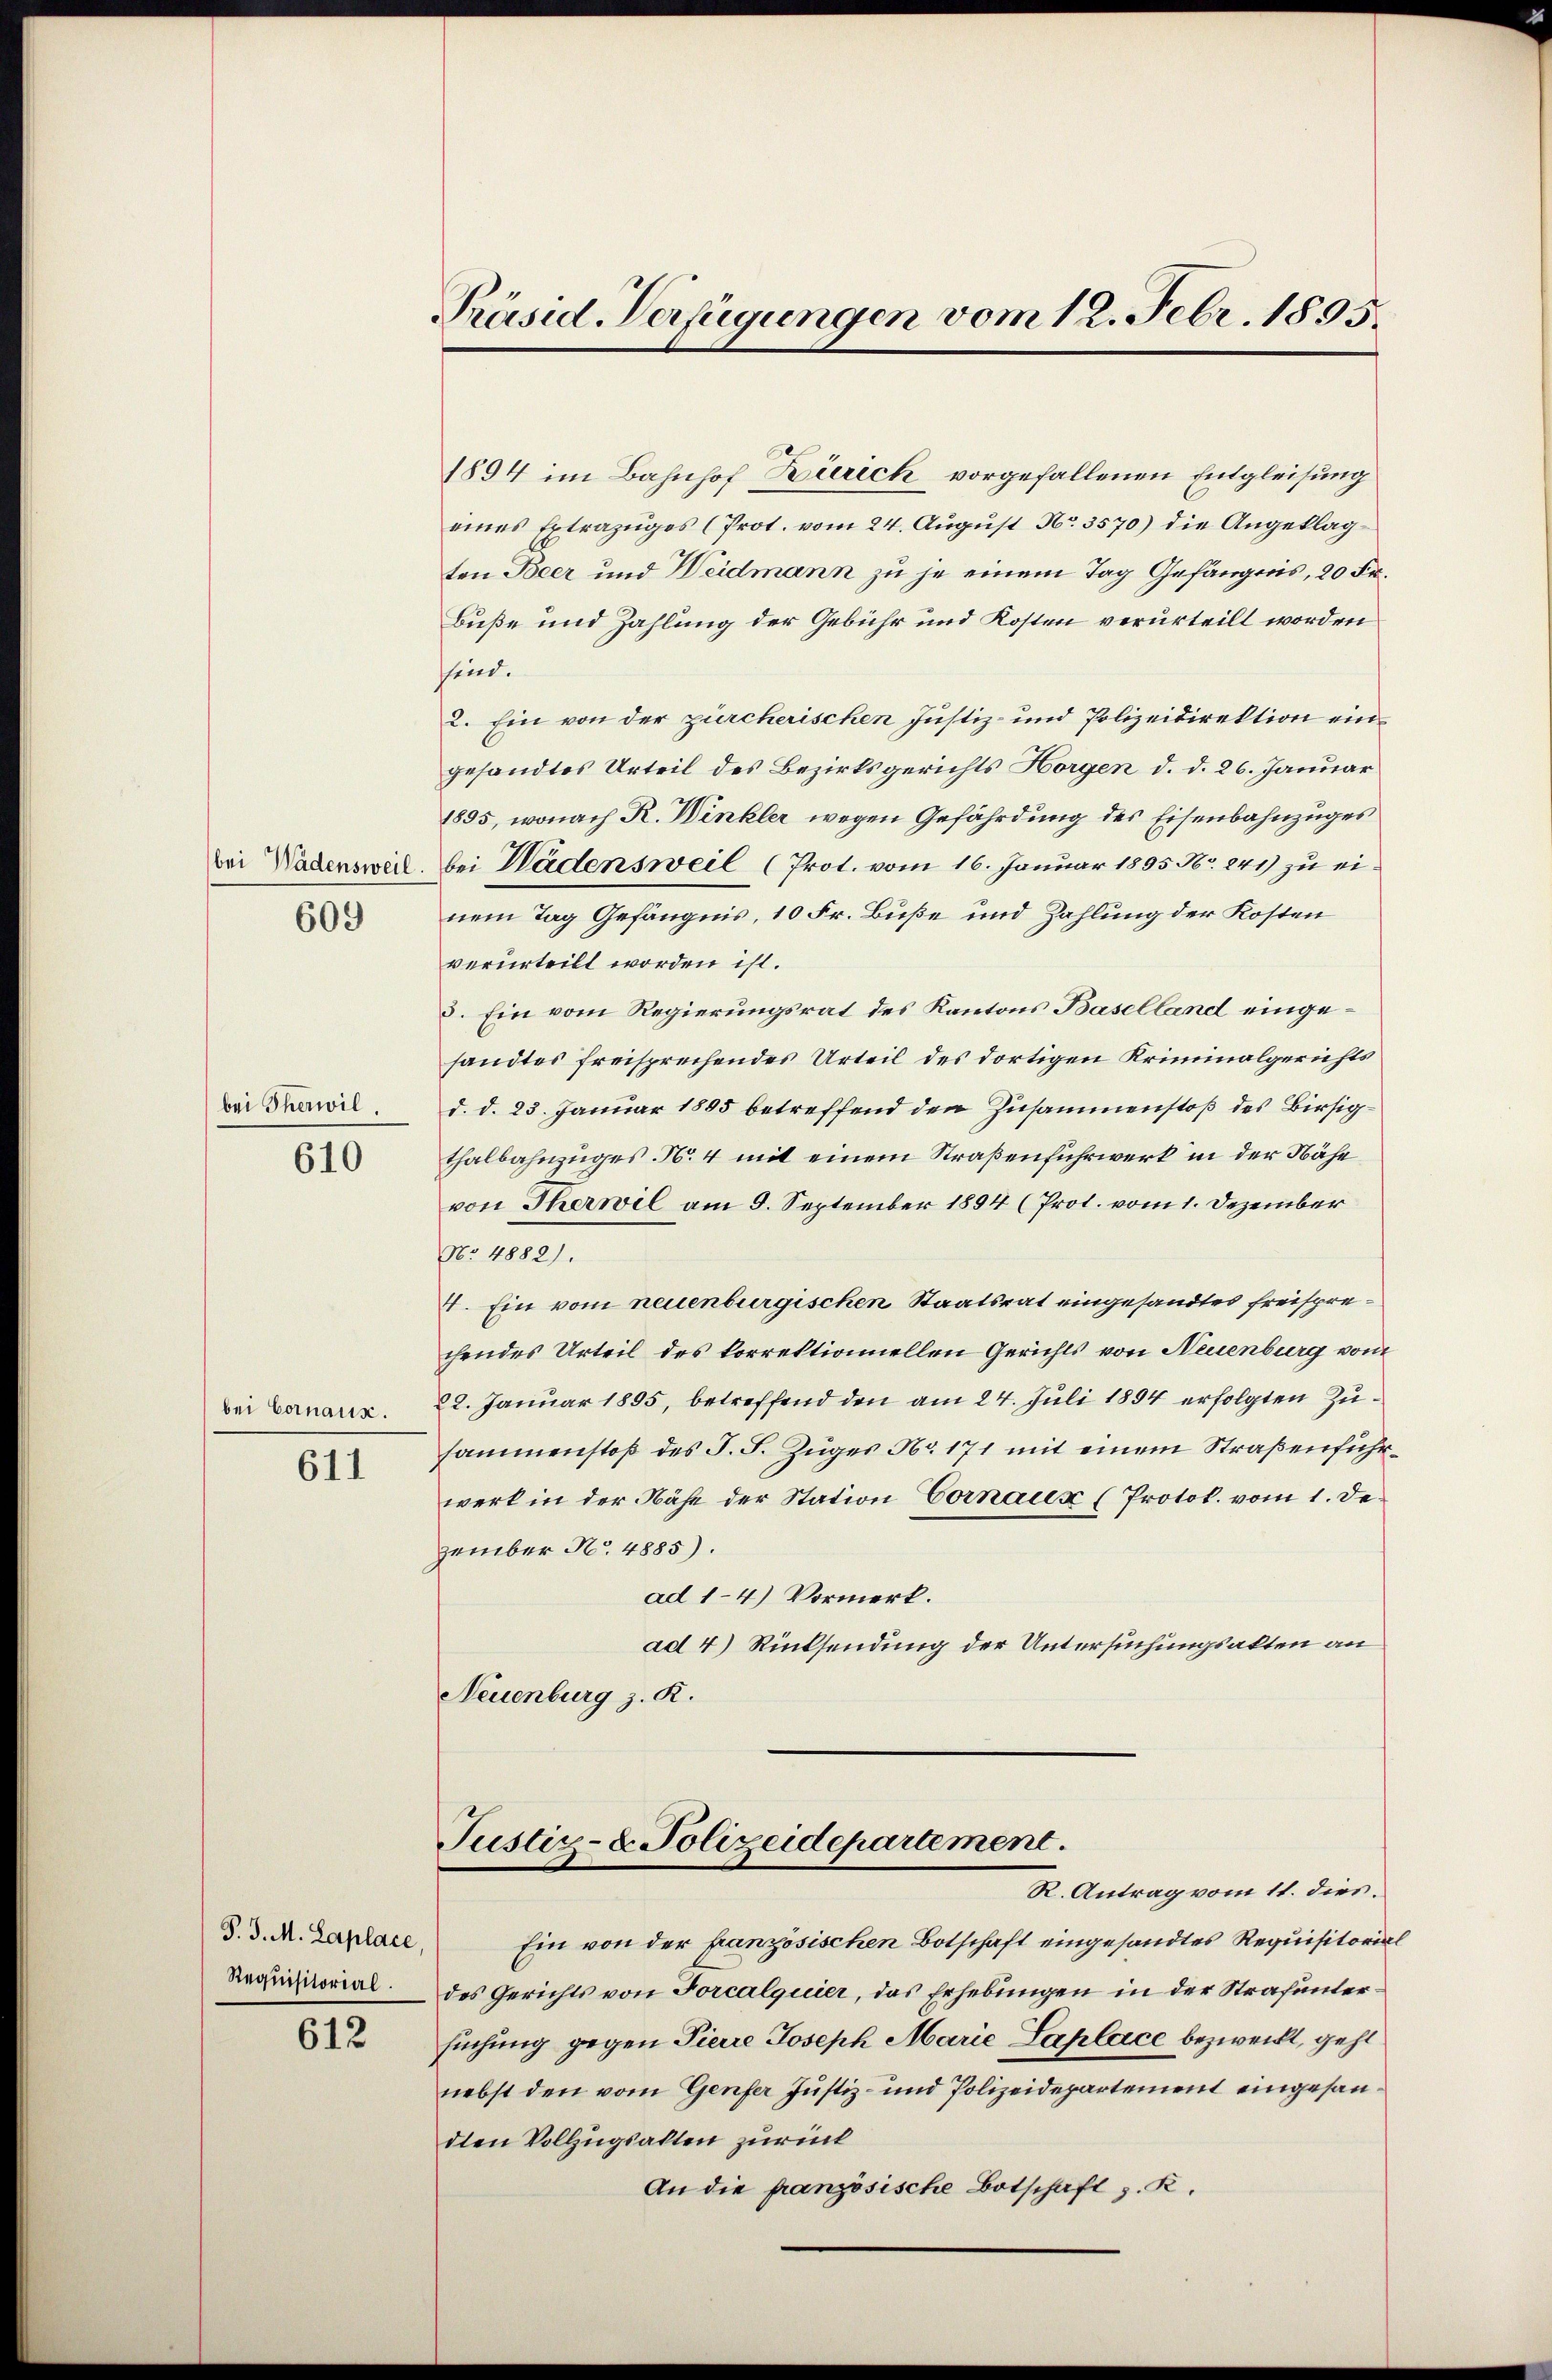
609

bei Therwil.

610

bei Cornaux.

611

Requisitorial.

612

Präsid. Verfügungen vom 12. Febr. 1895.

1894 im Bahnhof Bierich vorgefallenen Entgleisung
eines Extrazuges (Prot. vom 24. August No. 3570) die Angeklagten Beer und Weidmann zu je einem Tag Gefängnis, 20 Fr.
Buße und Zahlung der Gebühr und Kosten verurteilt worden
sind.
2. Ein von der zürcherischen Justiz- und Polizeidirektion eingesandtes Urteil des Bezirksgerichts Horgen d. d. 26. Januar
1895, wonach R. Winkler wegen Gefährdung des Eisenbahnzuges
bei Wädensweil. bei Wädensweil (Prot. vom 16. Januar 1895 No. 241) zu einem Tag Gefängnis, 10 Fr. Buße und Zahlung der Kosten
verurteilt worden ist.
3. Ein vom Regierungsrat des Kantons Baselland eingesandtes freisprechendes Urteil des dortigen Kriminalgerichts
d. d. 23. Januar 1805 betreffend den Zusammenstoß des Birsigthalbahnzuges N. 4 mit einem Straßenfuhrwerk in der Nähe
von Therwil am 9. September 1894 (Prot. vom 1. Dezember
No 4882).
4. Ein vom neuenburgischen Staatsrat eingesandtes freisprechendes Urteil des korrektionnellen Gerichts von Neuenburg vom
22. Januar 1895, betreffend den am 24. Juli 1894 erfolgten Zusammenstoß des J. J. Zŭger No. 171 mit einem Straßenführwerk in der Nähe der Station Vornaux (Protok. vom 1. Dezember No. 4885).
ad 1-4.) Vormerk.
ad 4) Rücksendung der Untersuchungsakten an
Neuenburg z. R.

Justiz- & Polizeidepartement.
R. Antrag vom 11. dies

Z. d. M. Zaplace, Ein von der französischen Botschaft eingesandtes Requisitorial
des Gerichts von Forcalquier, das Erhebungen in der Strafuntersuchung gegen Pierre Joseph Marie Laplace bezweckt, geht
nebst den vom Genfer Justiz- und Polizeidepartement eingesandten Vollzugsalten zurück
An die französische Botschaft z. R.